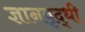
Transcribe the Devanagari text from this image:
ज्ञानवृद्धी